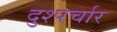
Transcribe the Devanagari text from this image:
दुश्पर्चार